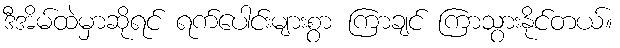
ဒီအိမ်ထဲမှာဆိုရင် ရက်ပေါင်းများစွာ ကြာချင် ကြာသွားနိုင်တယ်။